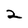
Character: 2